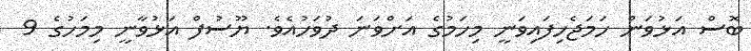
ބޮސް އަޅުވަން ހަމަޖެހިފައިވަނީ މިހަމުގެ އަށްވަނަ ދުވަހުއެވެ. ޔޫސުފް އަޅުވާނީ މިމަހުގެ 9